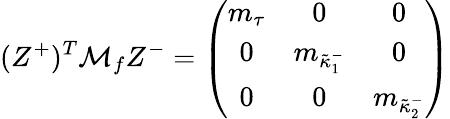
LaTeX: (Z^{+})^{T}{\cal M}_{f}Z^{-}=\left(\begin{array}{ccc}{{m_{\tau}}}&{{0}}&{{0}}\\ {{0}}&{{m_{\tilde{\kappa}_{1}^{-}}}}&{{0}}\\ {{0}}&{{0}}&{{m_{\tilde{\kappa}_{2}^{-}}}}\end{array}\right)